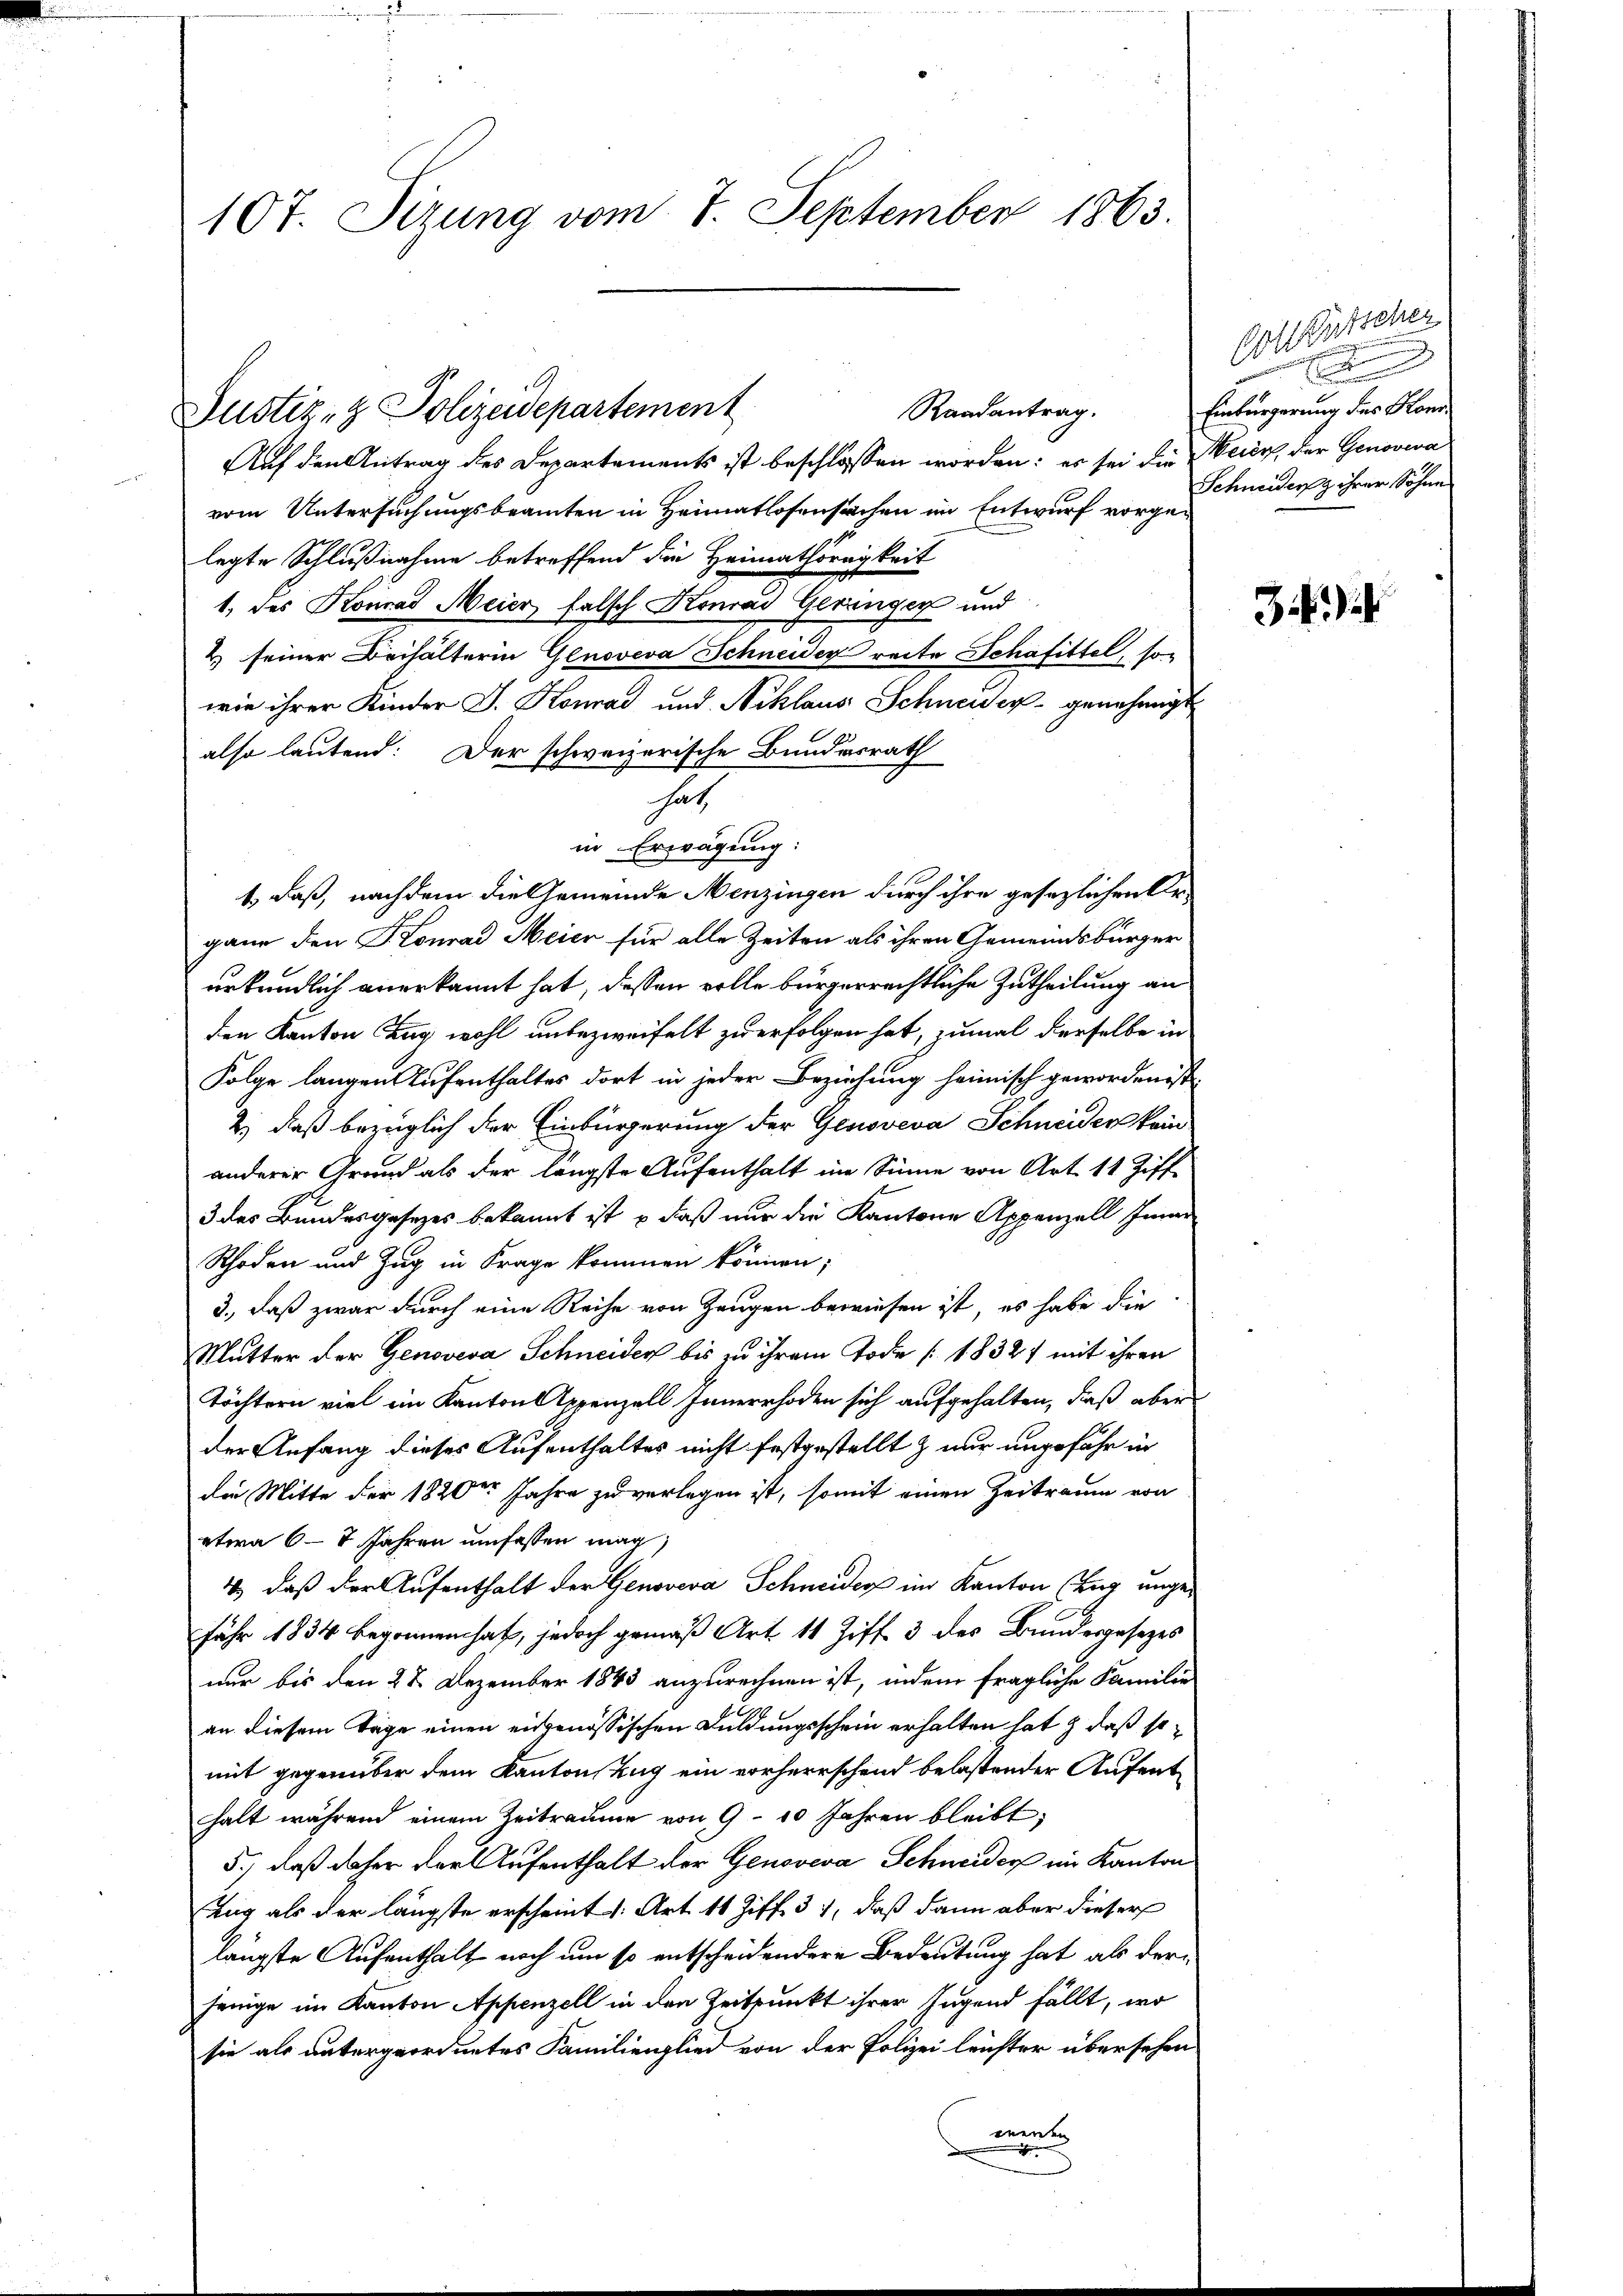
107. Sizung vom 7. September 1863.

Justiz- & Polizeidepartement

Auf den Antrag des Departements ist beschlossen worden: es sei die Meier, der Genoveva
vom Untersuchungsbeamten in Heimatlosensachen im Entwurf vorgelegte Schlußnahme betreffend die Heimathörigkeit
1. des Konrad Meier, falsch Konrad Geringer und
2) seiner Behälterin Genoveva Schneider reite Schafittel, so
wie ihrer Kinder J. Konrad und Niklaus Schneider genehmigt
also lautend: Der schweizerische Bundesrath
hat
in Erwägung:
1., daß, nachdem die Gemeinde Menzingen durch ihre gesezlichen Organn den Konrad Meier für alle Zeiten als ihren Gemeindsbürger
urkundlich anerkannt hat, dessen volle bürgerrechtliche Zutheilung an
den Kanton Zug wohl unbezweifelt zu erfolgen hat, zumal derselbe in
Folge langen Aufenthaltes dort in jeder Beziehung heimisch geworden ist
2) daß bezüglich der Einbürgerung der Genoveva Schneider kein
anderer Grund als der längste Aufenthalt im Sinne von Art. 11 Ziff
3 des Bundesgesezes bekannt ist, daß nur die Kantone Appenzell Inner
Rhoden und Zug in Frage kommen können;
3., daß zwar durch eine Reihe von Zeugen bewiesen ist, es habe die
Mutter der Genoveva Schneiden bis zu ihrem Tode [18327 mit ihren
Töchtern viel ein Kanton Appenzell Innerrhoden sich aufgehalten, daß aber
der Anfang dieses Aufenthaltes nicht festgestellt & nur ungefähr in
die Mitte der 1820 Jahre zu verlagen ist, somit einen Zeitraum von
etwa 6 - 8 Jahren umfassen mag,
4) daß der Aufenthalt der Genoveva Schneider im Kanton Zug ungefähr 1834 begonnenhaft, jedoch gemäß Art. 11 Ziff. 3 des Bundesgesetzes
nur bis den 28. Dezember 1843 anzurechnen ist, indem fragliche Familie
an diesem Tage einen eingenössischen Duldungsschein erhalten hat & daß so z
mit gegenüber dem Kantonstag ein vorherrschend belastender Aufenthalt während einem Zeitraume von 9 - 10 Jahren bleibt,
5.) daß daher der Aufenthalt der Genoveva Schneiders im Kanton
Tag als der längste erscheint /: Art. 11 Ziff. 37, daß dann aber dieser
längste Aufenthalt noch um so entscheidendere Bedeutung hat als der
jenige im Kanton Appenzell in den Zeitpunkt ihrer Jugend fällt, wo
sie als untergeordnetes Familienglied von der Polizei leichter übersehen
werden
.

Randantrag.

Cottscher
Elden
Einbürgerung des Kon¬
Schneiders ihrer Sohne

3